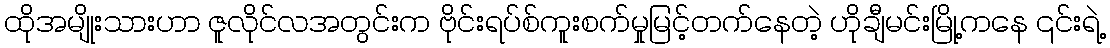
ထိုအမျိုးသားဟာ ဇူလိုင်လအတွင်းက ဗိုင်းရပ်စ်ကူးစက်မှုမြင့်တက်နေတဲ့ ဟိုချီမင်းမြို့ကနေ ၎င်းရဲ့